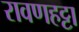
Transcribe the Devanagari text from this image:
रावणहट्टा